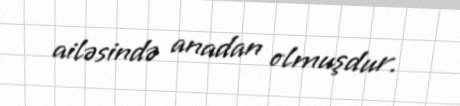
ailəsində anadan olmuşdur.